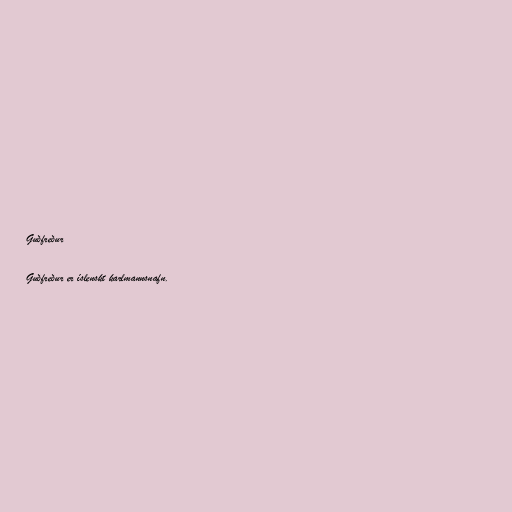
Guðfreður

Guðfreður er íslenskt karlmannsnafn.